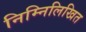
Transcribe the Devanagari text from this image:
निम्‍निलिखित